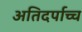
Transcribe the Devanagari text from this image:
अतिदर्पाच्च